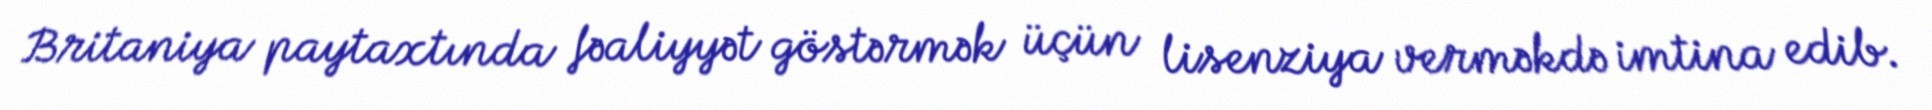
Britaniya paytaxtında fəaliyyət göstərmək üçün lisenziya verməkdə imtina edib.